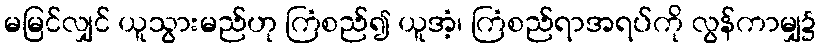
မမြင်လျှင် ယူသွားမည်ဟု ကြံစည်၍ ယူအံ့၊ ကြံစည်ရာအရပ်ကို လွန်ကာမျှ၌